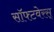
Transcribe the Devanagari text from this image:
सॉफ्टवेरस्